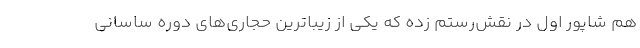
هم شاپور اول در نقش‌رستم زده که یکی از زیباترین حجاری‌های دوره ساسانی